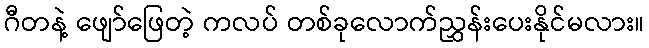
ဂီတနဲ့ ဖျော်ဖြေတဲ့ ကလပ် တစ်ခုလောက်ညွှန်းပေးနိုင်မလား။